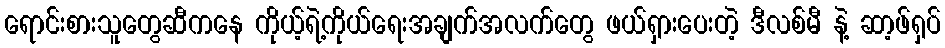
ရောင်းစားသူတွေဆီကနေ ကိုယ့်ရဲ့ကိုယ်ရေးအချက်အလက်တွေ ဖယ်ရှားပေးတဲ့ ဒီလစ်မီ နဲ့ ဆာ့ဖ်ရှပ်